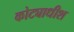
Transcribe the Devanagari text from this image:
कोट्याधीश